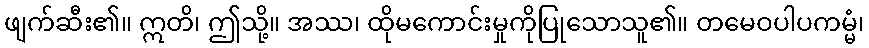
ဖျက်ဆီး၏။ ဣတိ၊ ဤသို့။ အဿ၊ ထိုမကောင်းမှုကိုပြုသောသူ၏။ တမေဝပါပကမ္မံ၊